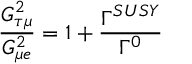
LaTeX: \frac { G _ { \tau \mu } ^ { 2 } } { G _ { \mu e } ^ { 2 } } = 1 + \frac { \Gamma ^ { S U S Y } } { \Gamma ^ { 0 } }